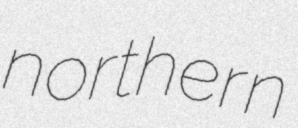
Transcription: northern